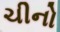
ચીનો